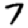
Digit: 7